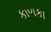
કાળકા